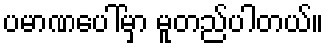
ပမာဏပေါ်မှာ မူတည်ပါတယ်။